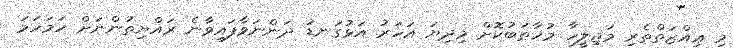
މި ޢިއްޒަތްތެރި މަޖިލީހާ މުޚާޠަބުކޮށް މިދިޔަ އަހަރު އަޅުގަނޑު ދަންނަވާފައިވާނެ ރައްޔިތުންނަށް ހަމަހަމަ